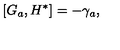
\left[ G _ { a } , H ^ { * } \right] = - \gamma _ { a } ,